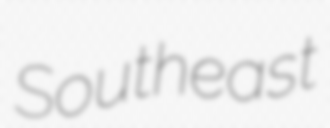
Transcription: Southeast